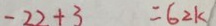
- 2 2 + 3 = 6 2 k